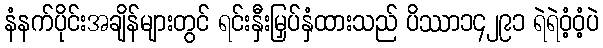
နံနက်ပိုင်းအချိန်များတွင် ရင်းနှီးမြှပ်နှံထားသည် ပိဿာ၁၄၂၉၁ ရဲရဲဝံ့ဝံ့ပဲ